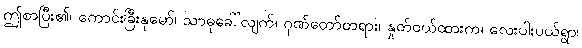
ဤစာပြီး၏၊ ကောင်းခြီးနုမော်၊ သာဓုခေါ်လျက်၊ ဂုဏ်တော်တရား၊ နှုတ်ဝယ်ထားက၊ လေးပါးပယ်ရွာ၊